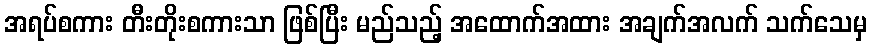
အရပ်စကား တီးတိုးစကားသာ ဖြစ်ပြီး မည်သည့် အထောက်အထား အချက်အလက် သက်သေမှ